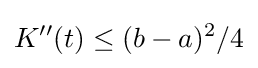
K''(t)\leq (b-a)^{2}/4